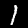
Label: 1